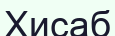
Хисаб